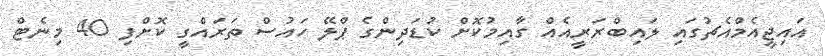
އައިޖީއެމްއެޗުގައި ލައިބްރަރީއެއް ގާއިމުކޮށް ކުޑަދިންގެ ޕްލޭ ހައުސް ތަރައްގީ ކޮށްފި 40 މިނެޓް